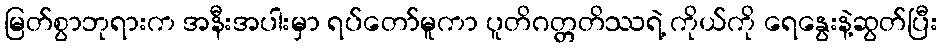
မြတ်စွာဘုရားက အနီးအပါးမှာ ရပ်တော်မူကာ ပူတိဂတ္တတိဿရဲ့ ကိုယ်ကို ရေနွေးနဲ့ဆွတ်ပြီး